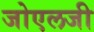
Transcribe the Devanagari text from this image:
जोएलजी